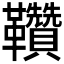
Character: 𩎈